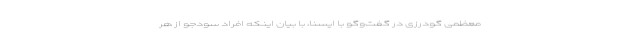
معظمی گودرزی در گفت‌وگو با ایسنا، با بیان اینکه افراد سودجو از هر